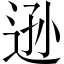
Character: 逊